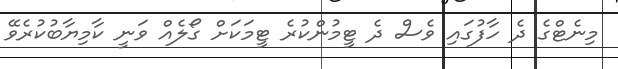
މިނެޓްގެ ދެ ހާފުގައި ވެސް ދެ ޓީމުންކުރެ ޓީމަކަށް ގޯލެއް ވަނީ ކާމިޔާބުކުރެވޭ